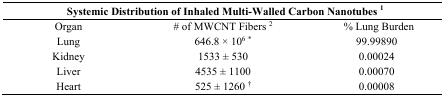
<table><thead><tr><td colspan="3"><b>Systemic Distribution of Inhaled Multi-Walled Carbon Nanotubes 1</b></td></tr></thead><tbody><tr><td>Organ</td><td># of MWCNT Fibers 2</td><td>% Lung Burden</td></tr><tr><td>Lung</td><td>646.8 × 10<sup>6</sup>*</td><td>99.99890</td></tr><tr><td>Kidney</td><td>1533 ± 530</td><td>0.00024</td></tr><tr><td>Liver</td><td>4535 ± 1100</td><td>0.00070</td></tr><tr><td>Heart</td><td>525 ± 1260 †</td><td>0.00008</td></tr></tbody></table>